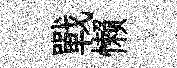
戰懒